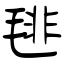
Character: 毴